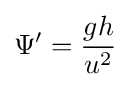
{\Psi ^{\prime }}={\frac {{g}{h}}{u^{2}}}\